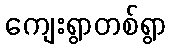
ကျေးရွာတစ်ရွာ